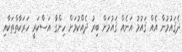
ދެޤައުމުން އެއް ޤައުމު އަނެއް ޤައުމަށް ބިރު ދެއްކުމަށް ހިންގާ އަސްކަރީ ހަރަކާތްތަކާއި